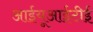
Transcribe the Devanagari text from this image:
आईयूआईटीई